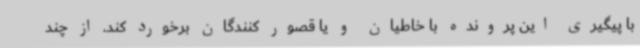
با پیگیری این پرونده با خاطیان و یا قصور کنندگان برخورد کند. از چند